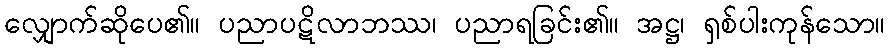
လျှောက်ဆိုပေ၏။ ပညာပဋိလာဘဿ၊ ပညာရခြင်း၏။ အဋ္ဌ၊ ရှစ်ပါးကုန်သော။